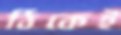
ঠিকেই